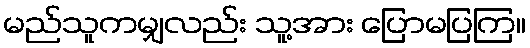
မည်သူကမျှလည်း သူ့အား ပြောမပြကြ။